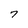
Character: 7